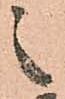
之